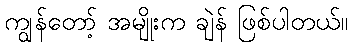
ကျွန်တော့် အမျိုးက ချဲန် ဖြစ်ပါတယ်။